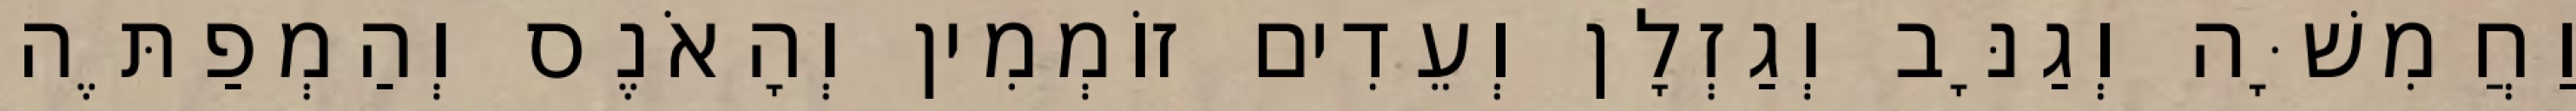
וַחֲמִשָּׁה וְגַנָּב וְגַזְלָן וְעֵדִים זוֹמְמִין וְהָאֹנֶס וְהַמְפַתֶּה